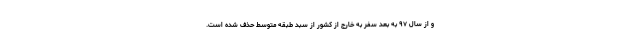
و از سال ۹۷ به بعد سفر به خارج از کشور از سبد طبقه متوسط حذف شده است.